Scientific memoirs by medical officers of the Army of India - Part XII,
Year: 1901
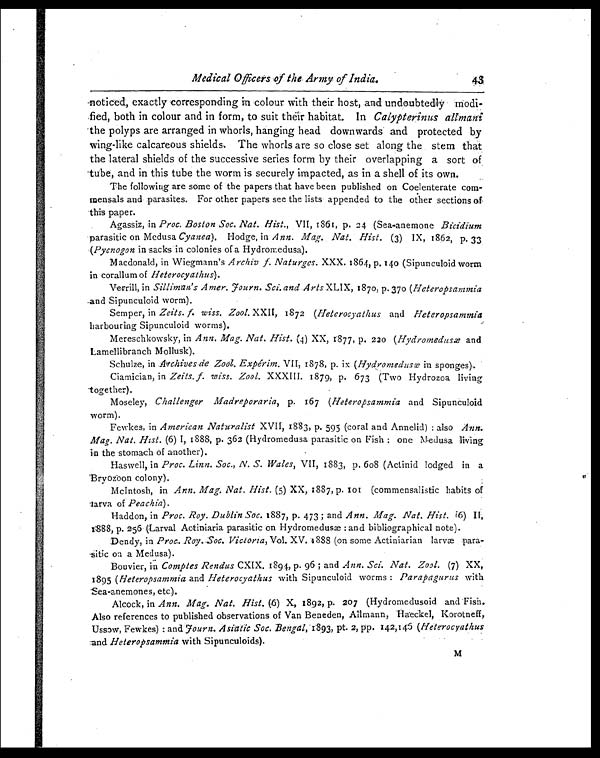
Medical Officers of the Army of India.
43
noticed, exactly corresponding in colour with their host, and undoubtedly modi
fied, both in colour and in form, to suit their habitat. In Calypterinus allmani
the polyps are arranged in whorls, hanging head downwards and protected by
wing-like calcareous shields. The whorls are so close set along the stem that
the lateral shields of the successive series form by their overlapping a sort of
tube, and in this tube the worm is securely impacted, as in a shell of its own.
The following are some of the papers that have been published on Coelenterate com-
mensals and parasites. For other papers see the lists appended to the other sections of
this paper.
Agassiz, in Proc. Boston Soc. Nat. Hist., VII, 1861, p. 24 (Sea-anemone Bicidium
parasitic on Medusa Cyanea ) . Hodge, in Ann. Mag. Nat. Hist. (3) IX, 1862, p. 33
(Pycnogon in sacks in colonies of a Hydromedusa).
Macdonald, in Wiegmann's Archiv f. Naturges. XXX. 1864, p. 140 (Sipunculoid worm
in corallum of Heterocyathus) .
Verrill, in Silliman's Amer. Fourn. Sci.and Arts XLIX, 1870, p. 370 ( Heteropsammia
and Sipunculoid worm).
Semper, in Zeits. f. wiss. Zool. XXII, 1872 ( Heterocyathus and Heteropsammia
harbouring Sipunculoid worms).
Mereschkowsky, in Ann. Mag. Nat. Hist. (4) XX, 1877, p. 220 ( Hydromedusæ and
Lamellibranch Mollusk).
Schulze, in Archives de Zool. Expérim. VII, 1878, p. ix ( Hydromedusæ in sponges).
Ciamician, in Zeits. f. wiss. Zool. XXXIII. 1879, p. 673 (Two Hydrozoa living
together).
Moseley, Challenger Madreporaria, p. 167 ( Heteropsammia and Sipunculoid
worm).
Fewkes, in American Naturalist XVII, 1883, p. 595 (coral and Annelid) : also Ann.
Mag. Nat. Hist. (6) I, 1888, p . 362 (Hydromedusa parasitic on Fish : one Medusa living
in the stomach of another).
Haswell, in Proc. Linn. Soc., N. S. Wales, VII, 1883, p. 608 (Actinid lodged in a
Bryozoon colony).
McIntosh, in Ann. Mag. Nat. Hist. (5) XX, 1887, p. 101 (commensalistic habits of
larva of Peachia).
Haddon, in Proc. Roy. Dublin Soc. 1887, p. 473 ; and Ann. Mag. Nat. Hist. (6) II,
1888, p. 256 (Larval Actiniaria parasitic on Hydromedusæ : and bibliographical note).
Dendy, in Proc. Roy.Soc. Victoria, Vol. XV. 1888 (on some Actiniarian larvæ para-
-sitic on a Medusa).
Bouvier, in Comptes Rendus CXIX. 1894, p. 96 ; and Ann. Sci. Nat. Zool. (7) XX,
1895 ( Heteropsammia and Heterocyathus with Sipunculoid worms : Parapagurus with
Sea-anemones, etc).
Alcock, in Ann. Mag. Nat. Hist. (6) X, 1892, p. 207 (Hydromedusoid and Fish.
Also references to published observations of Van Beneden, Ailmann, Haeckel, Korotneff,
Ussow, Fewkes) : and Fourn. Asiatic Soc. Bengal, 1893, pt. 2, pp. 142,145 (Heterocyathus
and Heteropsammia with Sipunculoids).
M